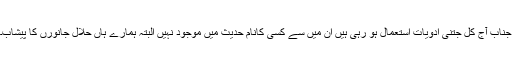
جناب آج کل جتنی ادویات استعمال ہو رہی ہيں ان ميں سے کسی کانام حديث ميں موجود نہيں البتہ ہمارے ہاں حلال جانورں کا پيشاب۔